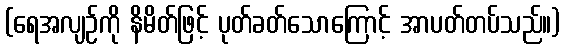
(ရေအလျဉ်ကို နိမိတ်ဖြင့် ပုတ်ခတ်သောကြောင့် အာပတ်တပ်သည်။)